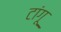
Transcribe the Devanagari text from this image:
टांगू